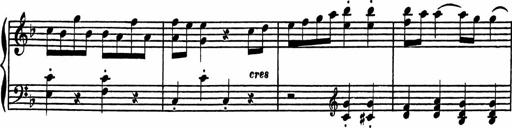
Title: 4 Piano Sonatinas
Composer: Adam Geibel